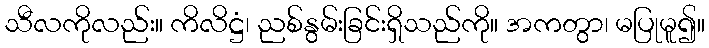
သီလကိုလည်း။ ကိလိဋ္ဌံ၊ ညစ်နွမ်းခြင်းရှိသည်ကို။ အကတွာ၊ မပြုမူ၍။